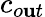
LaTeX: c_{o\mathbf{u}t}